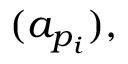
( a _ { p _ { i } } ) ,